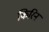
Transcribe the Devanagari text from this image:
किरिन